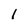
Character: 1